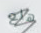
هلع